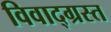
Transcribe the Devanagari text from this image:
विवाद्ग्रस्त